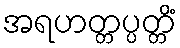
အရဟတ္တပ္ပတ္တိံ